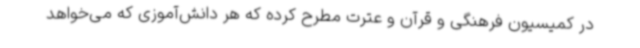
در کمیسیون فرهنگی و قرآن و عترت مطرح کرده که هر دانش‌آموزی که می‌خواهد